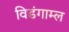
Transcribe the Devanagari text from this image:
विडंगाम्ल